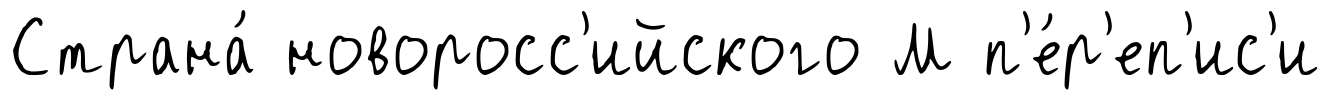
Страна́ новоросс'ийского М п'е́р'еп'ис'и